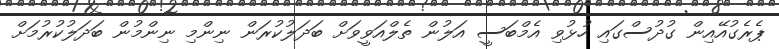
ޕެރެގުއޭއިން ގުދުސްގައި ހުޅުވި އެމްބަސީ އަލުން ތެލްއަވީވަށް ބަދަލުކުރަން ނިންމި ނިންމުން ބަދަލުކުރުމަށް